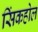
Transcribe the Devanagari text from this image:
सिंकहोल